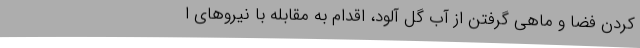
کردن فضا و ماهی گرفتن از آب گل آلود، اقدام به مقابله با نیروهای ا